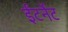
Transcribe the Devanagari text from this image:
ईंटर्नेट